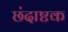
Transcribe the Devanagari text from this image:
छंदाष्टक